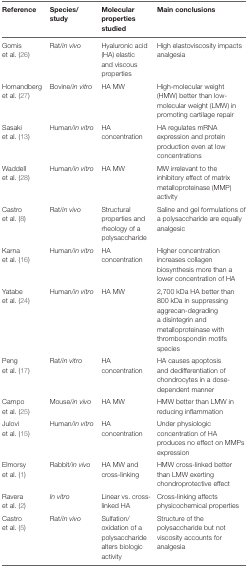
<table><thead><tr><td><b>Reference</b></td><td><b>Species/study</b></td><td><b>Molecular properties studied</b></td><td><b>Main conclusions</b></td></tr></thead><tbody><tr><td>Gomis et al. (26)</td><td>Rat/<i>in vivo</i></td><td>Hyaluronic acid (HA) elastic and viscous properties</td><td>High elastoviscosity impacts analgesia</td></tr><tr><td>Homandberg et al. (27)</td><td>Bovine/<i>in vitro</i></td><td>HA MW</td><td>High-molecular weight (HMW) better than low-molecular weight (LMW) in promoting cartilage repair</td></tr><tr><td>Sasaki et al. (13)</td><td>Human/<i>in vitro</i></td><td>HA concentration</td><td>HA regulates mRNA expression and protein production even at low concentrations</td></tr><tr><td>Waddell et al. (28)</td><td>Human/<i>in vitro</i></td><td>HA MW</td><td>MW irrelevant to the inhibitory effect of matrix metalloproteinase (MMP) activity</td></tr><tr><td>Castro et al. (8)</td><td>Rat/<i>in vivo</i></td><td>Structural properties and rheology of a polysaccharide</td><td>Saline and gel formulations of a polysaccharide are equally analgesic</td></tr><tr><td>Karna et al. (16)</td><td>Human/<i>in vitro</i></td><td>HA concentration</td><td>Higher concentration increases collagen biosynthesis more than a lower concentration of HA</td></tr><tr><td>Yatabe et al. (24)</td><td>Human/<i>in vitro</i></td><td>HA MW</td><td>2,700 kDa HA better than 800 kDa in suppressing aggrecan-degrading a disintegrin and metalloproteinase with thrombospondin motifs species</td></tr><tr><td>Peng et al. (17)</td><td>Rat/<i>in vitro</i></td><td>HA concentration</td><td>HA causes apoptosis and dedifferentiation of chondrocytes in a dose-dependent manner</td></tr><tr><td>Campo et al. (25)</td><td>Mouse/<i>in vivo</i></td><td>HA MW</td><td>HMW better than LMW in reducing inflammation</td></tr><tr><td>Julovi et al. (15)</td><td>Human/<i>in vitro</i></td><td>HA concentration</td><td>Under physiologic concentration of HA produces no effect on MMPs expression</td></tr><tr><td>Elmorsy et al. (1)</td><td>Rabbit/<i>in vivo</i></td><td>HA MW and cross-linking</td><td>HMW cross-linked better than LMW exerting chondroprotective effect</td></tr><tr><td>Ravera et al. (2)</td><td><i>In vitro</i></td><td>Linear vs. cross-linked HA</td><td>Cross-linking affects physicochemical properties</td></tr><tr><td>Castro et al. (5)</td><td>Rat/<i>in vivo</i></td><td>Sulfation/oxidation of a polysaccharide alters biologic activity</td><td>Structure of the polysaccharide but not viscosity accounts for analgesia</td></tr></tbody></table>